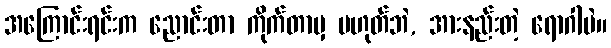
အကြောင်းရင်းက ညောင်းတာ ကိုက်တာမှ မဟုတ်ဘဲ, အားနည်းတဲ့ ရောဂါပဲ။